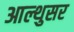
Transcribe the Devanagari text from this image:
आल्थुसर